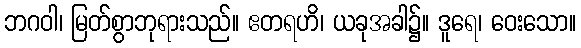
ဘဂဝါ၊ မြတ်စွာဘုရားသည်။ ဧတရဟိ၊ ယခုအခါ၌။ ဒူရေ၊ ဝေးသော။